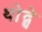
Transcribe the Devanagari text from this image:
थोद्थे